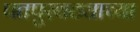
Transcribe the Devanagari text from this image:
पतपुरवठ्याच्या